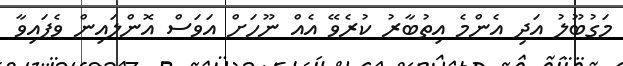
މަގުބޫލު އަދި އެންމެ އިތުބާރު ކުރެވޭ އެއް ނޫހަށް އަވަސް އޮންލައިން ވެފައިވާ